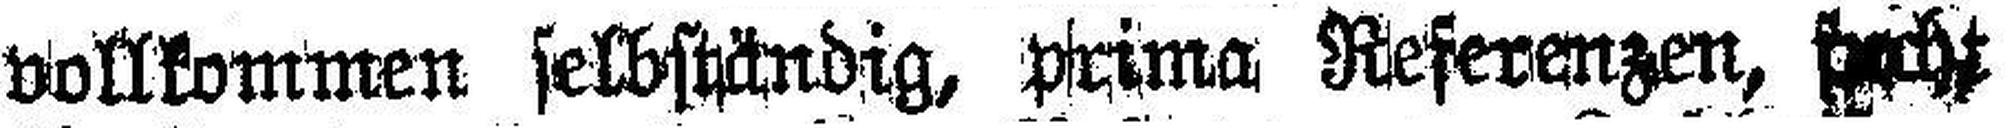
vollkommen selbständig, prima Referenzen, sucht